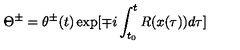
\Theta ^ { \pm } = \theta ^ { \pm } ( t ) \exp [ \mp i \int _ { t _ { 0 } } ^ { t } R ( x ( \tau ) ) d \tau ]